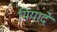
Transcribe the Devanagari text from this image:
मियादें